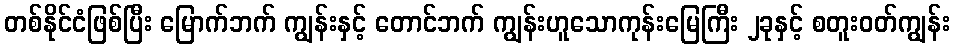
တစ်နိုင်ငံဖြစ်ပြီး မြောက်ဘက် ကျွန်းနှင့် တောင်ဘက် ကျွန်းဟူသောကုန်းမြေကြီး ၂ခုနှင့် စတူးဝတ်ကျွန်း